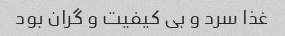
غذا سرد و بی کیفیت و گران بود